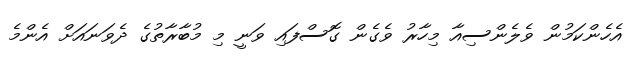
އެހެންކަމުން ވެލެންސިއާ މިހާރު ވެގެން ގޮސްފައި ވަނީ މި މުބާރާތުގެ ދެވަނައަށް އެންމެ